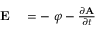
\begin{array} { r l } { \mathbf { E } } & { { } = - \mathbf { \nabla } \varphi - { \frac { \partial \mathbf { A } } { \partial t } } } \end{array}